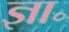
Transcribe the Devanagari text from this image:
ज्ञा॰